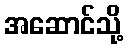
အဆောင်သို့